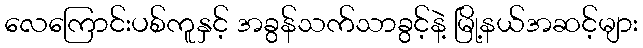
လေကြောင်းပစ်ကူနှင့် အခွန်သက်သာခွင့်နဲ့ မြို့နယ်အဆင့်များ